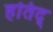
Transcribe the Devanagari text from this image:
हतिद्